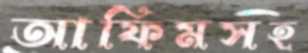
আফিমসহ